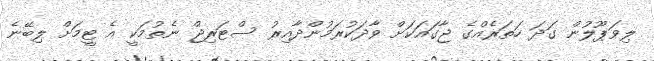
ލިވަޕޫލުން ގަދަ ހަތަރެއްގެ ޖާގައަކަށް ވާދަކުރަމުންދާއިރު ސްޓަރިޖް ނެތުމަކީ އެ ޓީމަށް ލިބޭނެ